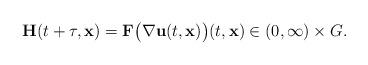
LaTeX: \begin{align*}\mathbf{H}(t + \tau, \mathbf{x}) = \mathbf{F}\big(\nabla \mathbf{u}(t, \mathbf{x})\big) (t, \mathbf{x}) \in (0, \infty) \times G. \end{align*}